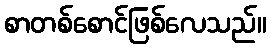
စာတစ်စောင်ဖြစ်လေသည်။